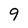
Character: 9